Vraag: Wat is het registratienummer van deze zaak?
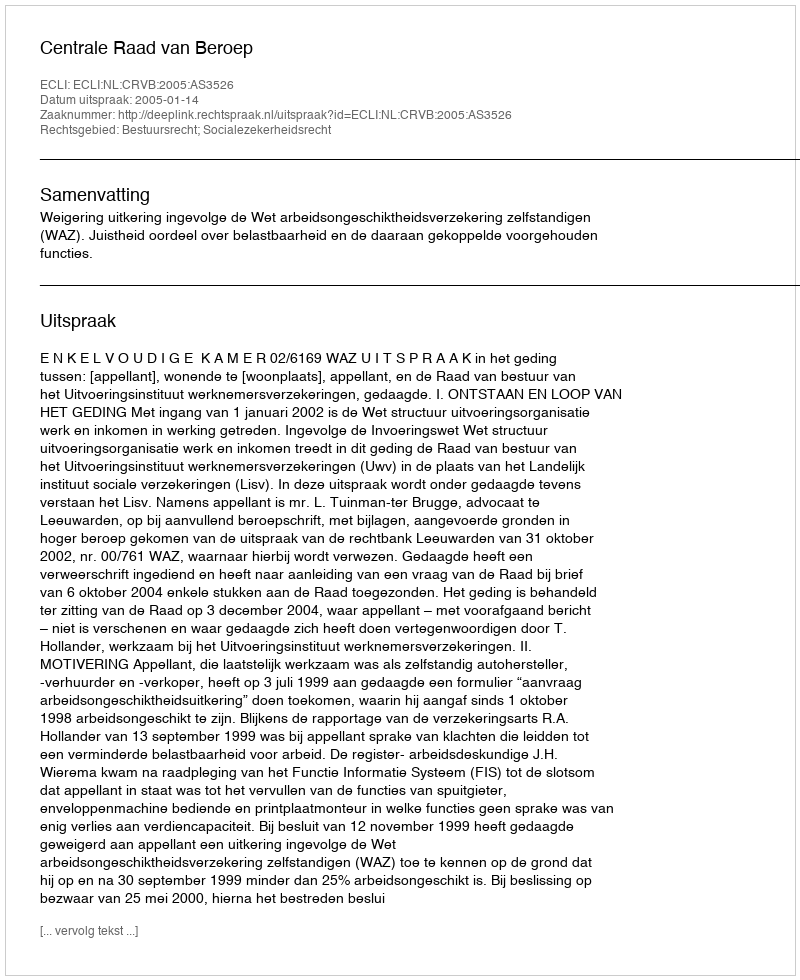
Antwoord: http://deeplink.rechtspraak.nl/uitspraak?id=ECLI:NL:CRVB:2005:AS3526